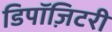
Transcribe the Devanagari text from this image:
डिपॉज़िटरी